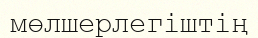
мөлшерлегіштің